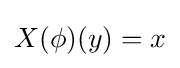
X(\phi )(y)=x